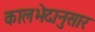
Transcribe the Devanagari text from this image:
कालभेदानुसार